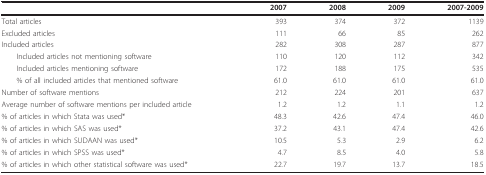
<table><thead><tr><td></td><td><b>2007</b></td><td><b>2008</b></td><td><b>2009</b></td><td><b>2007-2009</b></td></tr></thead><tbody><tr><td>Total articles</td><td>393</td><td>374</td><td>372</td><td>1139</td></tr><tr><td>Excluded articles</td><td>111</td><td>66</td><td>85</td><td>262</td></tr><tr><td>Included articles</td><td>282</td><td>308</td><td>287</td><td>877</td></tr><tr><td> Included articles not mentioning software</td><td>110</td><td>120</td><td>112</td><td>342</td></tr><tr><td> Included articles mentioning software</td><td>172</td><td>188</td><td>175</td><td>535</td></tr><tr><td> % of all included articles that mentioned software</td><td>61.0</td><td>61.0</td><td>61.0</td><td>61.0</td></tr><tr><td>Number of software mentions</td><td>212</td><td>224</td><td>201</td><td>637</td></tr><tr><td>Average number of software mentions per included article</td><td>1.2</td><td>1.2</td><td>1.1</td><td>1.2</td></tr><tr><td>% of articles in which Stata was used*</td><td>48.3</td><td>42.6</td><td>47.4</td><td>46.0</td></tr><tr><td>% of articles in which SAS was used*</td><td>37.2</td><td>43.1</td><td>47.4</td><td>42.6</td></tr><tr><td>% of articles in which SUDAAN was used*</td><td>10.5</td><td>5.3</td><td>2.9</td><td>6.2</td></tr><tr><td>% of articles in which SPSS was used*</td><td>4.7</td><td>8.5</td><td>4.0</td><td>5.8</td></tr><tr><td>% of articles in which other statistical software was used*</td><td>22.7</td><td>19.7</td><td>13.7</td><td>18.5</td></tr></tbody></table>